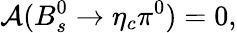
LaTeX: {\cal A}(B_{s}^{0}\rightarrow\eta_{c}\pi^{0})=0,